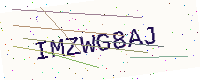
Text: IMZWG8AJ